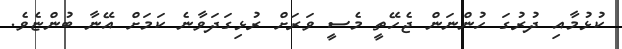
ކުޅުމާއި ދުރުގަ ހުންނަން ޖެހޭތީ މެސީ ވަރަށް ރުޅިގަދަވާނެ ކަމަށް އޭނާ ބުންޏެވެ.